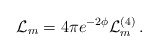
\begin{align*}\mathcal{L}_m = 4\pi e^{-2\phi} \mathcal{L}^{(4)}_m\, .\end{align*}